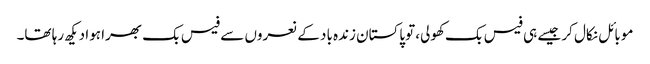
موبائل نکال کر جیسے ہی فیس بک کھولی، توپاکستان زندہ باد کے نعروں سے فیس بک بھرا ہوا دیکھ رہا تھا۔